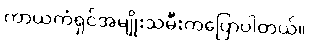
ကာယကံရှင်အမျိုးသမီးကပြောပါတယ်။